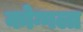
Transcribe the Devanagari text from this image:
कोग्गला